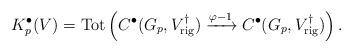
LaTeX: \begin{align*}K_p^{\bullet}(V)=\mathrm{Tot} \left (C^{\bullet}(G_p,V^{\dagger}_{\mathrm{rig}}) \xrightarrow{\varphi-1}C^{\bullet}(G_p,V^{\dagger}_{\mathrm{rig}})\right ).\end{align*}